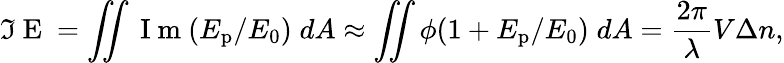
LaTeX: \Im\mathrm{~E~}=\iint\mathrm{~I~m~}(E_{\mathrm{p}}/E_{0})\; dA\approx\iint\phi(1+E_{\mathrm{p}}/E_{0})\; dA=\frac{2\pi}{\lambda}V\Delta n,